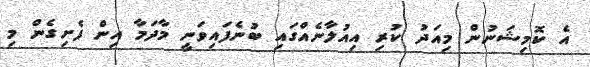
އެ ކޮމިޝަނުން މިއަދު ކުރި އިއުލާނެއްގައި ބުނެފައިވަނީ މާދަމާ އިން ފެށިގެން މި